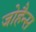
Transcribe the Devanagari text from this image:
जोहैन्स